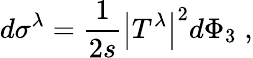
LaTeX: d\sigma^{\lambda}=\frac{1}{2s}\left|T^{\lambda}\right|^{2}d\Phi_{3}\; ,